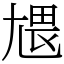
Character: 㞇